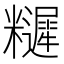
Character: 𥽩